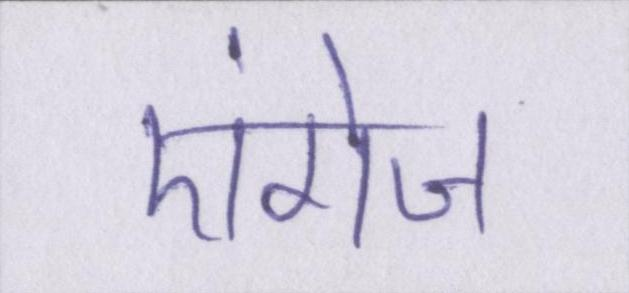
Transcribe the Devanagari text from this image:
एंगेज